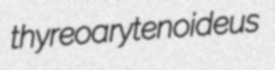
thyreoarytenoideus